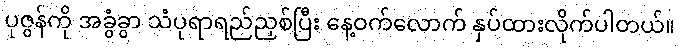
ပုဇွန်ကို အခွံခွာ သံပုရာရည်ညှစ်ပြီး နေ့ဝက်လောက် နှပ်ထားလိုက်ပါတယ်။